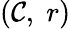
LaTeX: \textstyle(\mathcal{C},\; r)